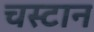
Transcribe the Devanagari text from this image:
चस्टान